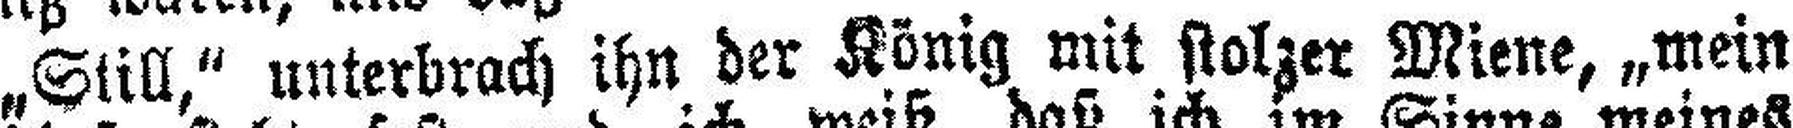
„Still,“ unterbrach ihn der König mit stolzer Miene, „mein